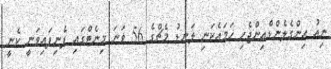
ނިއު އިންގެލެންޑްއިންޖެހި ހަމައެކަނި ލަނޑު މެޗްގެ 56 ވަނަ މިނެޓްގައި ފެނިފައިވަނީ ކެނީ